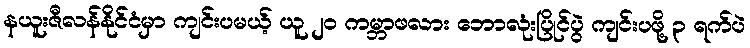
နယူးဇီလန်နိုင်ငံမှာ ကျင်းပမယ့် ယူ ၂၀ ကမ္ဘာဖလား ဘောလုံးပြိုင်ပွဲ ကျင်းပဖို့ ၃ ရက်ပဲ